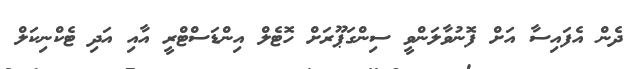
ދެން އެފައިސާ އަށް ފޮނުވާލަންވީ ސިންގަޕޫރަށް ހޮޓެލް އިންޑަސްޓްރީ އާއި އަދި ޓެކްނިކަލް